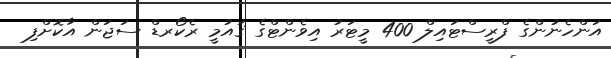
އަންހެނުންގެ ފްރީސްޓައިލް 400 މީޓަރު އިވެންޓްގެ ޤައުމީ ރެކޯރޑް ސަޖަން އާކޮށްފި